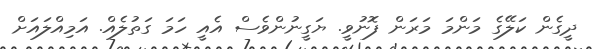
ދީގެން ކަލޭގެ މަންމަ މަރަން ފޮނުވީ. ޔަގީނުންވެސް އެއީ ހަމަ ގަތުލެއް. އަމިއްލައަށް